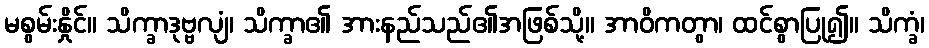
မစွမ်းနှိုင်။ သိက္ခာဒုဗ္ဗလျံ၊ သိက္ခာ၏ အားနည်သည်၏အဖြစ်သို့။ အာဝိကတွာ၊ ထင်စွာပြု၍။ သိက္ခံ၊